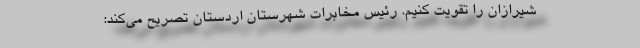
شیرازان را تقویت کنیم. رئیس مخابرات شهرستان اردستان تصریح می‌کند: